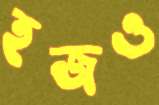
হজও